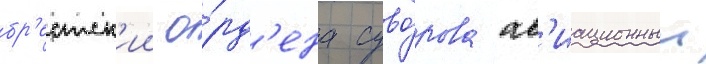
бр'естск'ии о́рд'ена суво́рова ав'иационныи